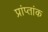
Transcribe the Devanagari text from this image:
प्रांप्तांक